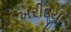
ખરીદયા